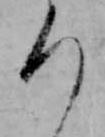
ろ